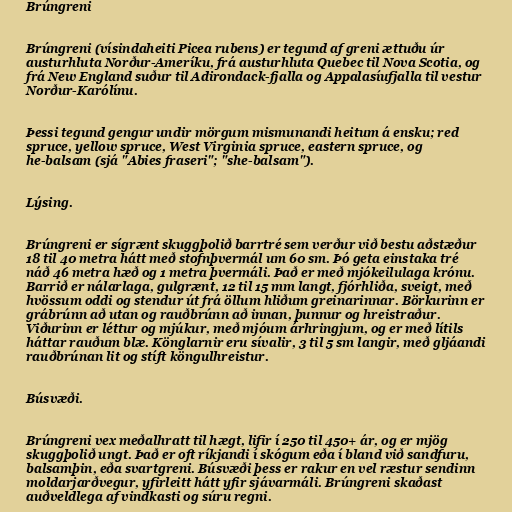
Brúngreni

Brúngreni (vísindaheiti Picea rubens) er tegund af greni ættuðu úr
austurhluta Norður-Ameríku, frá austurhluta Quebec til Nova Scotia, og
frá New England suður til Adirondack-fjalla og Appalasíufjalla til vestur
Norður-Karólínu.

Þessi tegund gengur undir mörgum mismunandi heitum á ensku; red
spruce, yellow spruce, West Virginia spruce, eastern spruce, og
he-balsam (sjá "Abies fraseri"; "she-balsam").

Lýsing.

Brúngreni er sígrænt skuggþolið barrtré sem verður við bestu aðstæður
18 til 40 metra hátt með stofnþvermál um 60 sm. Þó geta einstaka tré
náð 46 metra hæð og 1 metra þvermáli. Það er með mjókeilulaga krónu.
Barrið er nálarlaga, gulgrænt, 12 til 15 mm langt, fjórhliða, sveigt, með
hvössum oddi og stendur út frá öllum hliðum greinarinnar. Börkurinn er
grábrúnn að utan og rauðbrúnn að innan, þunnur og hreistraður.
Viðurinn er léttur og mjúkur, með mjóum árhringjum, og er með lítils
háttar rauðum blæ. Könglarnir eru sívalir, 3 til 5 sm langir, með gljáandi
rauðbrúnan lit og stíft köngulhreistur.

Búsvæði.

Brúngreni vex meðalhratt til hægt, lifir í 250 til 450+ ár, og er mjög
skuggþolið ungt. Það er oft ríkjandi í skógum eða í bland við sandfuru,
balsamþin, eða svartgreni. Búsvæði þess er rakur en vel ræstur sendinn
moldarjarðvegur, yfirleitt hátt yfir sjávarmáli. Brúngreni skaðast
auðveldlega af vindkasti og súru regni.